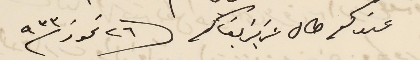
عندكم طال عزيز بقاكم ٢٦ تموز٩٣٣